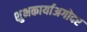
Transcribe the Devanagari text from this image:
शुभकार्याअगोदर